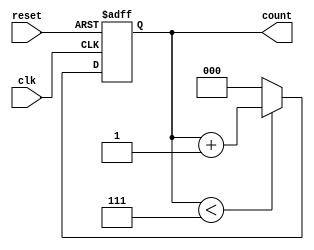
module DivideByNCounter #(
    parameter N = 8  // Default value of N (you can change this)
)(
    input wire clk,   // Clock input
    input wire reset, // Asynchronous reset
    output reg [$clog2(N)-1:0] count // Output count
);

    // State transition on the rising edge of the clock
    always @(posedge clk or posedge reset) begin
        if (reset) begin
            count <= 0; // Reset the counter to 0
        end else begin
            if (count < N-1) begin
                count <= count + 1; // Increment the count
            end else begin
                count <= 0; // Reset the count to 0 after reaching N-1
            end
        end
    end

endmodule